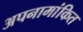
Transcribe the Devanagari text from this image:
अपनामांकित